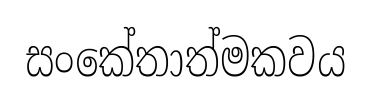
සංකේතාත්මකවය